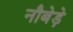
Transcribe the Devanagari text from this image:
नौबेड़े